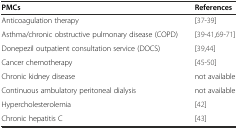
<table><thead><tr><td><b>PMCs</b></td><td><b>References</b></td></tr></thead><tbody><tr><td>Anticoagulation therapy</td><td>[37-39]</td></tr><tr><td>Asthma/chronic obstructive pulmonary disease (COPD)</td><td>[39-41,69-71]</td></tr><tr><td>Donepezil outpatient consultation service (DOCS)</td><td>[39,44]</td></tr><tr><td>Cancer chemotherapy</td><td>[45-50]</td></tr><tr><td>Chronic kidney disease</td><td>not available</td></tr><tr><td>Continuous ambulatory peritoneal dialysis</td><td>not available</td></tr><tr><td>Hypercholesterolemia</td><td>[42]</td></tr><tr><td>Chronic hepatitis C</td><td>[43]</td></tr></tbody></table>